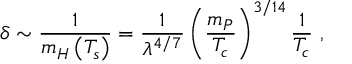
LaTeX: \delta \sim { \frac { 1 } { m _ { H } \left( T _ { s } \right) } } = \frac 1 { \lambda ^ { 4 / 7 } } \left( { \frac { m _ { P } } { T _ { c } } } \right) ^ { 3 / 1 4 } { \frac { 1 } { T _ { c } } } ~ ,